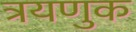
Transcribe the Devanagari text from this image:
त्रयणुक